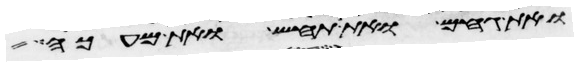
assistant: ואת גחם ואת תחש ואת מעכה